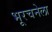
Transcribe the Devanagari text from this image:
भूरचनेला